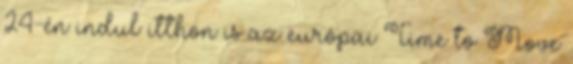
24-én indul itthon is az európai Time to Move